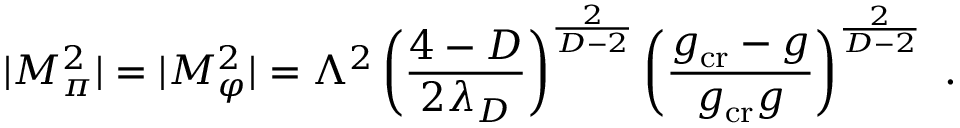
| M _ { \pi } ^ { 2 } | = | M _ { \varphi } ^ { 2 } | = \Lambda ^ { 2 } \left( \frac { 4 - D } { 2 \lambda _ { D } } \right) ^ { \frac { 2 } { D - 2 } } \left( \frac { g _ { \mathrm { c r } } - g } { g _ { \mathrm { c r } } g } \right) ^ { \frac { 2 } { D - 2 } } \ .